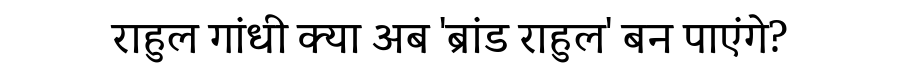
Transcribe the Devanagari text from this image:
राहुल गांधी क्या अब 'ब्रांड राहुल' बन पाएंगे?